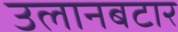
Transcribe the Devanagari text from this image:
उलानबटार